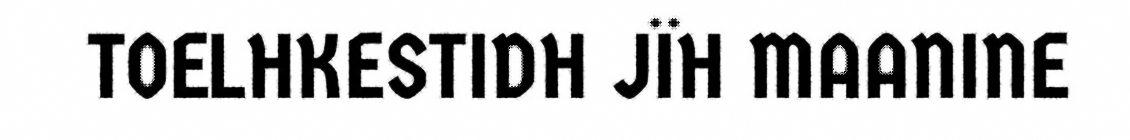
TOELHKESTIDH JÏH MAANINE